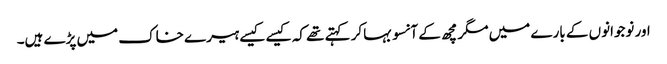
اور نوجوانوں کے بارے میں مگرمچھ کے آنسو بہاکر کہتے تھے کہ کیسے کیسے ہیرے خاک میں پڑے ہیں۔